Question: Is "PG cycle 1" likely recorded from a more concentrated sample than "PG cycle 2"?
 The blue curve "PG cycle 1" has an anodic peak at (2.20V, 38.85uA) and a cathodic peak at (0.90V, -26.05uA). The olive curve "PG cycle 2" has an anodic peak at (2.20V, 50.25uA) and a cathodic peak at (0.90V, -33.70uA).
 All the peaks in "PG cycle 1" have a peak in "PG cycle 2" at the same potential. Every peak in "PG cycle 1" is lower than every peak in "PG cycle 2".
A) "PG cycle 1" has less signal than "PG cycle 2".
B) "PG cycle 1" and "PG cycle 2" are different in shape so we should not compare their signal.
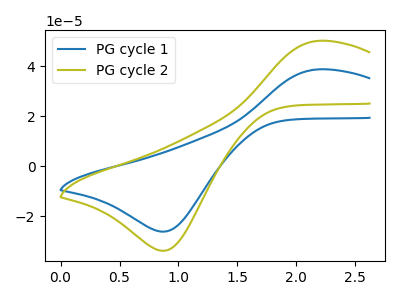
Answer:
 <answer>A) "PG cycle 1" has less signal than "PG cycle 2".</answer>
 <eval>A</eval>